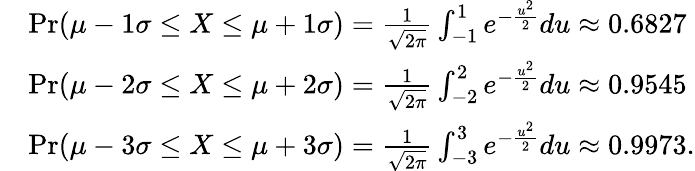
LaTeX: {\begin{array}{rl}&{\operatorname*{Pr}(\mu-1\sigma\leq X\leq\mu+1\sigma)={\frac{1}{\sqrt{2\pi}}}\int_{-1}^{1}e^{-{\frac{u^{2}}{2}}}du\approx 0.6827}\\ &{\operatorname*{Pr}(\mu-2\sigma\leq X\leq\mu+2\sigma)={\frac{1}{\sqrt{2\pi}}}\int_{-2}^{2}e^{-{\frac{u^{2}}{2}}}du\approx 0.9545}\\ &{\operatorname*{Pr}(\mu-3\sigma\leq X\leq\mu+3\sigma)={\frac{1}{\sqrt{2\pi}}}\int_{-3}^{3}e^{-{\frac{u^{2}}{2}}}du\approx 0.9973.}\end{array}}